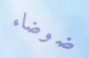
ضوضاء